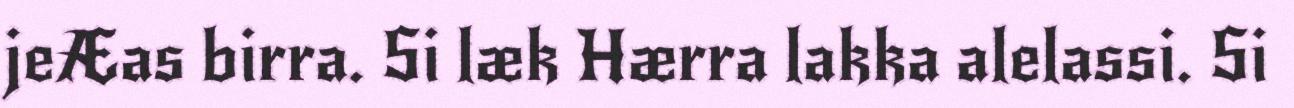
jeÆas birra. Si læk Hærra lakka alelassi. Si